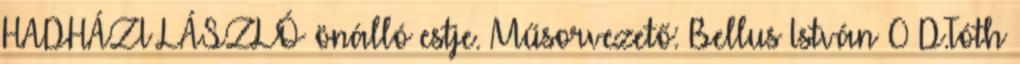
HADHÁZI LÁSZLÓ önálló estje. Műsorvezető: Bellus István 0 D.Tóth